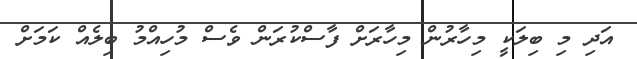
އަދި މި ބިލަކީ މިހާރުން މިހާރަށް ފާސްކުރަން ވެސް މުހިއްމު ބިލެއް ކަމަށް